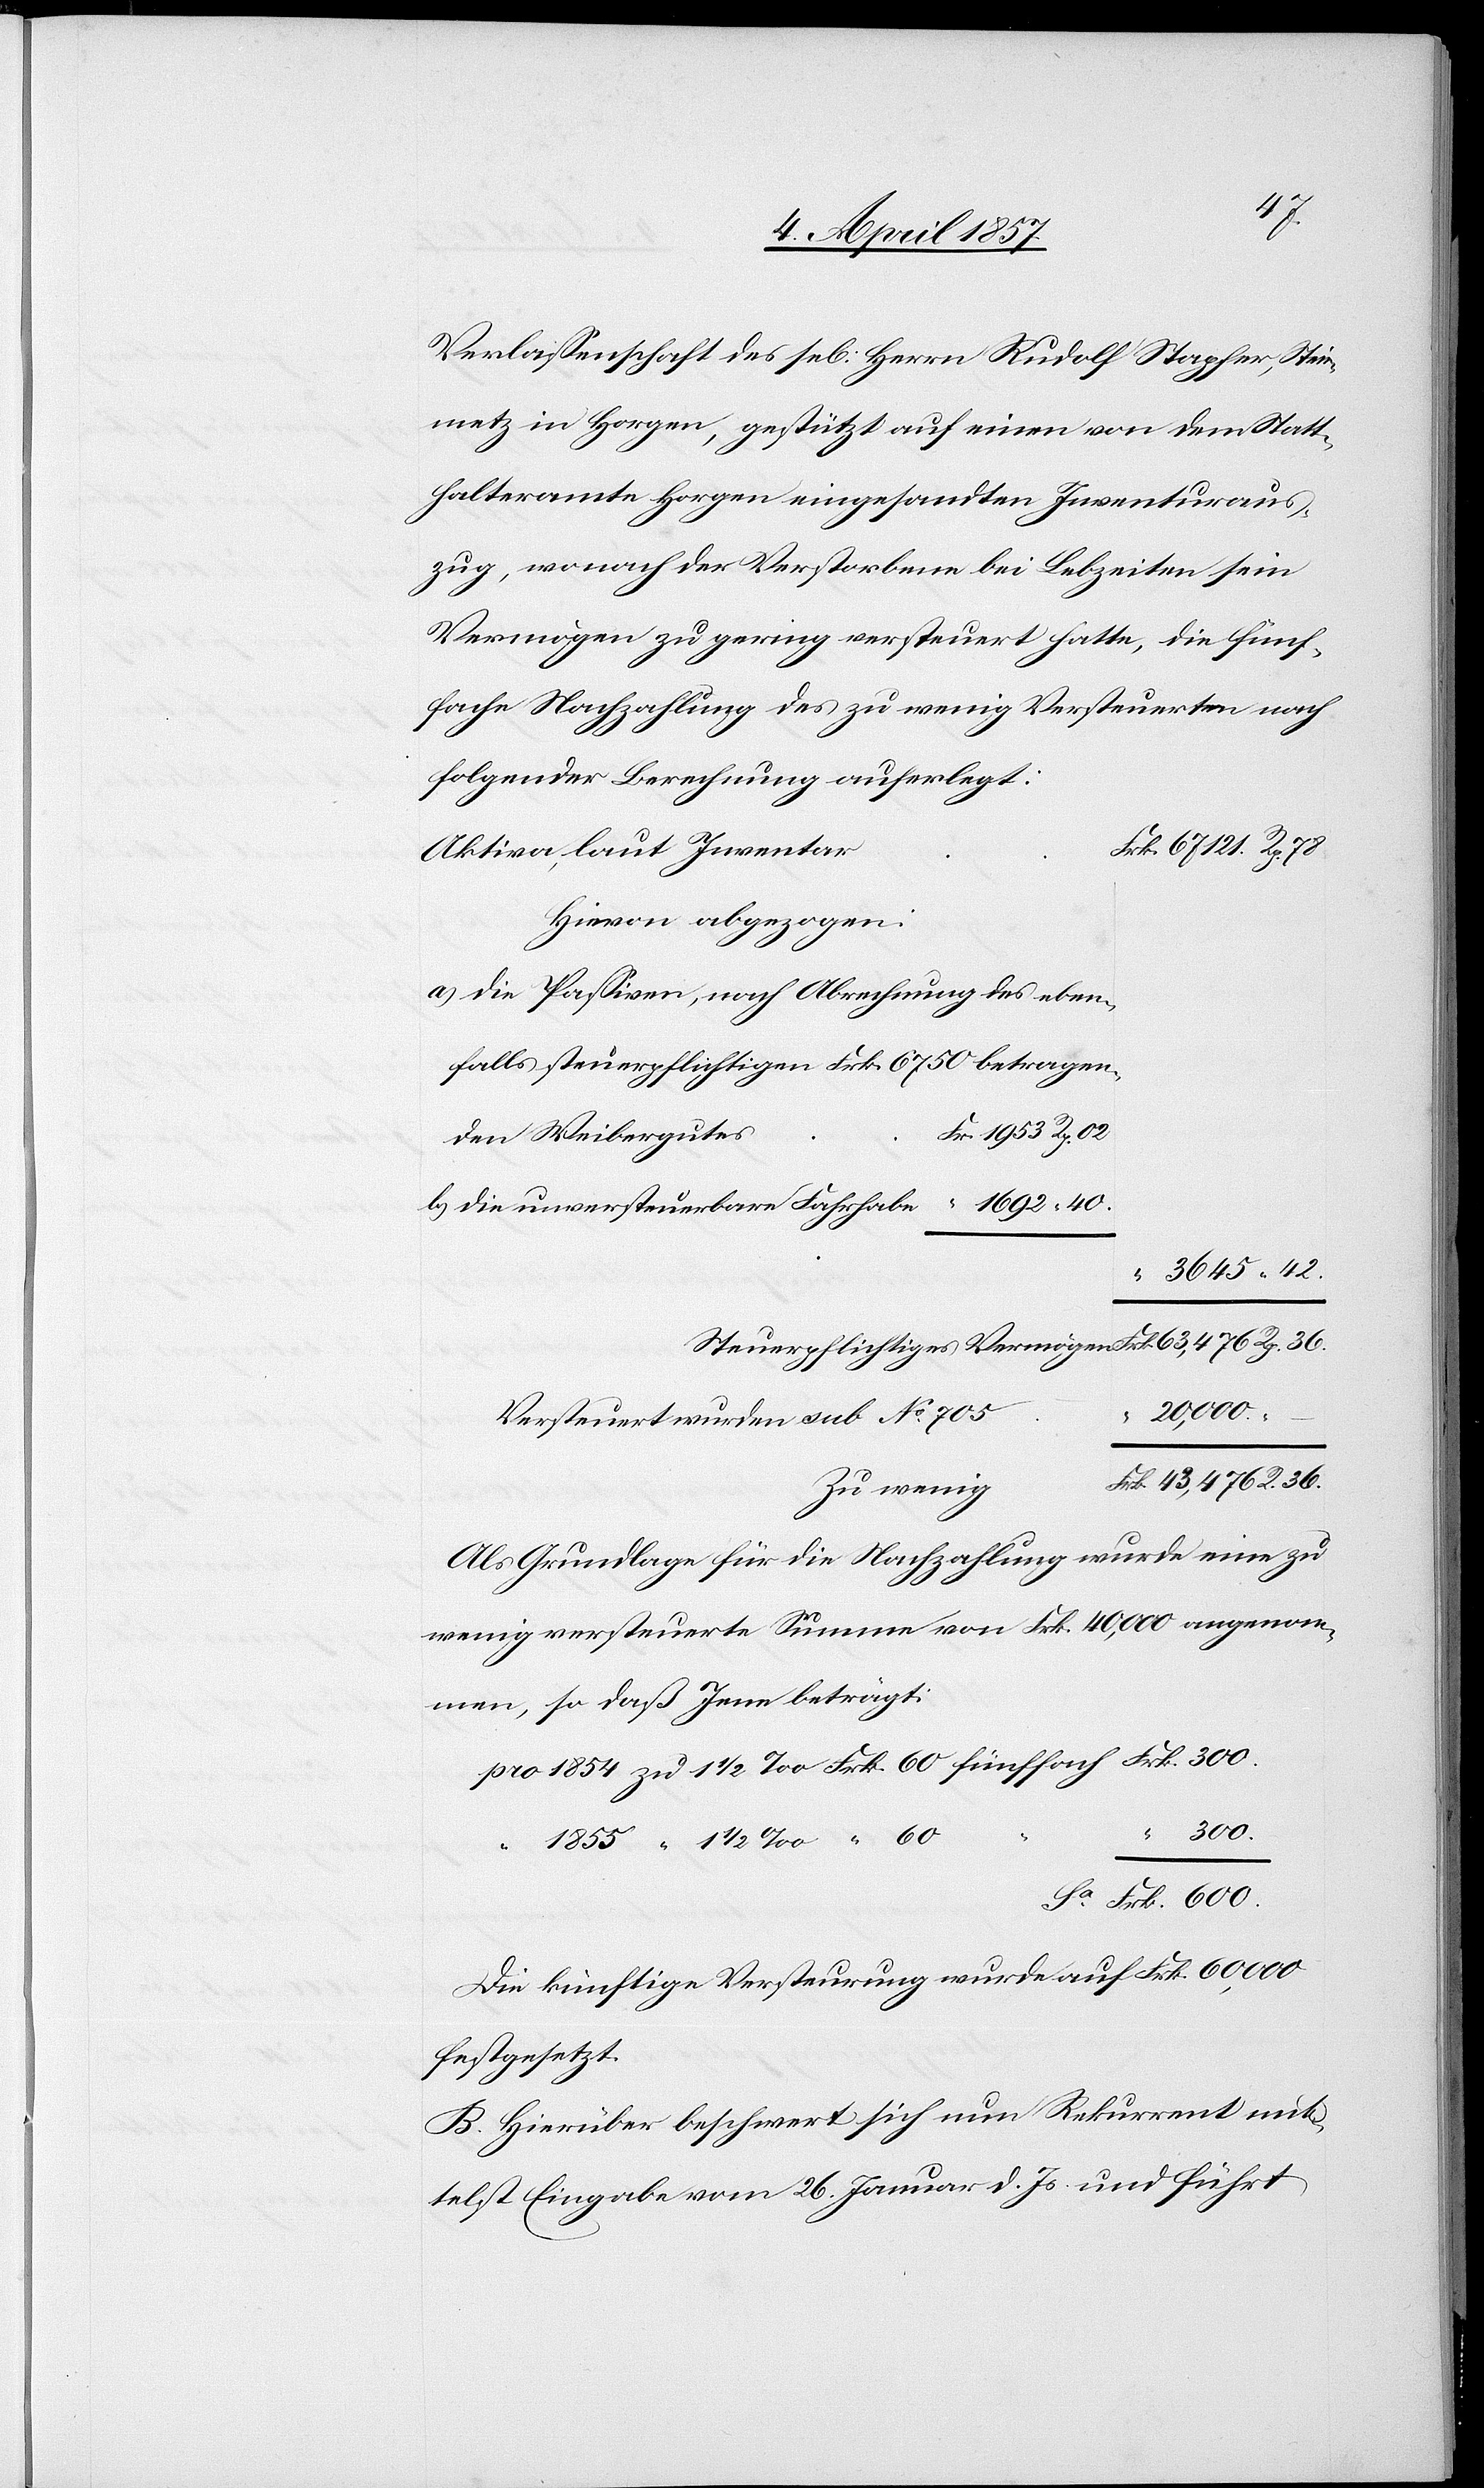
36.
Verlassenschaft des se[ligen] Herrn Rudolf Stapfer, Stein¬
metz in Horgen, gestützt auf einen von dem Statt¬
halteramte Horgen eingesandten Inventuraus¬
zug, wonach der Verstorbene bei Lebzeiten sein
Vermögen zu gering versteuert hatte, die fünf¬
fache Nachzahlung des zu wenig Versteuerten nach
folgender Berechnung auferlegt:
Aktiva, laut Inventar
Hievon abgezogen:
die Passiven, nach Abrechnung des eben¬
falls steuerpflichtigen Frk. 6750 betragen¬
den Weibergutes
20,000.
Versteuert wurden sub No 705
Zu wenig
Als Grundlage für die Nachzahlung wurde eine zu
wenig versteuerte Summe von Frk. 40,000 angenom¬
men, so daß Jene beträgt:
300.
“
Die künftige Versteurung wurde auf Frk. 60,000
festgesetzt.
B. Hierüber beschwert sich nun Rekurrent mit¬
telst Eingabe vom 26. Januar d. Js. und führt